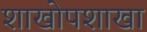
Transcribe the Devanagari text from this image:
शाखोपशाखा